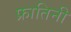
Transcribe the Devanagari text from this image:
फ्रातिनी